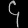
Digit: ၄